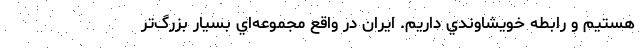
هستيم و رابطه خويشاوندي داريم. ايران در واقع مجموعه‌اي بسيار بزرگ‌تر